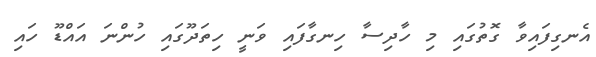
އެނގިފައިވާ ގޮތުގައި މި ހާދިސާ ހިނގާފައި ވަނީ ހިތަދޫގައި ހުންނަ އައްޑޫ ހައި